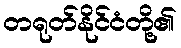
တရုတ်နိုင်ငံတို့၏